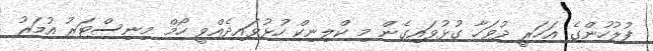
ފުލުހުންގެ އަހަރީ ދުވަހާ ގުޅުވައިގެން މި ކްލިނިކް ހުޅުވައިދެއްވީ ހޯމް މިނިސްޓަރު އުމަރު